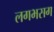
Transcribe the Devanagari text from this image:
लगभसग